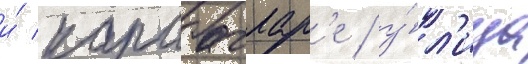
и́ карабаглар'е / у́л'ица